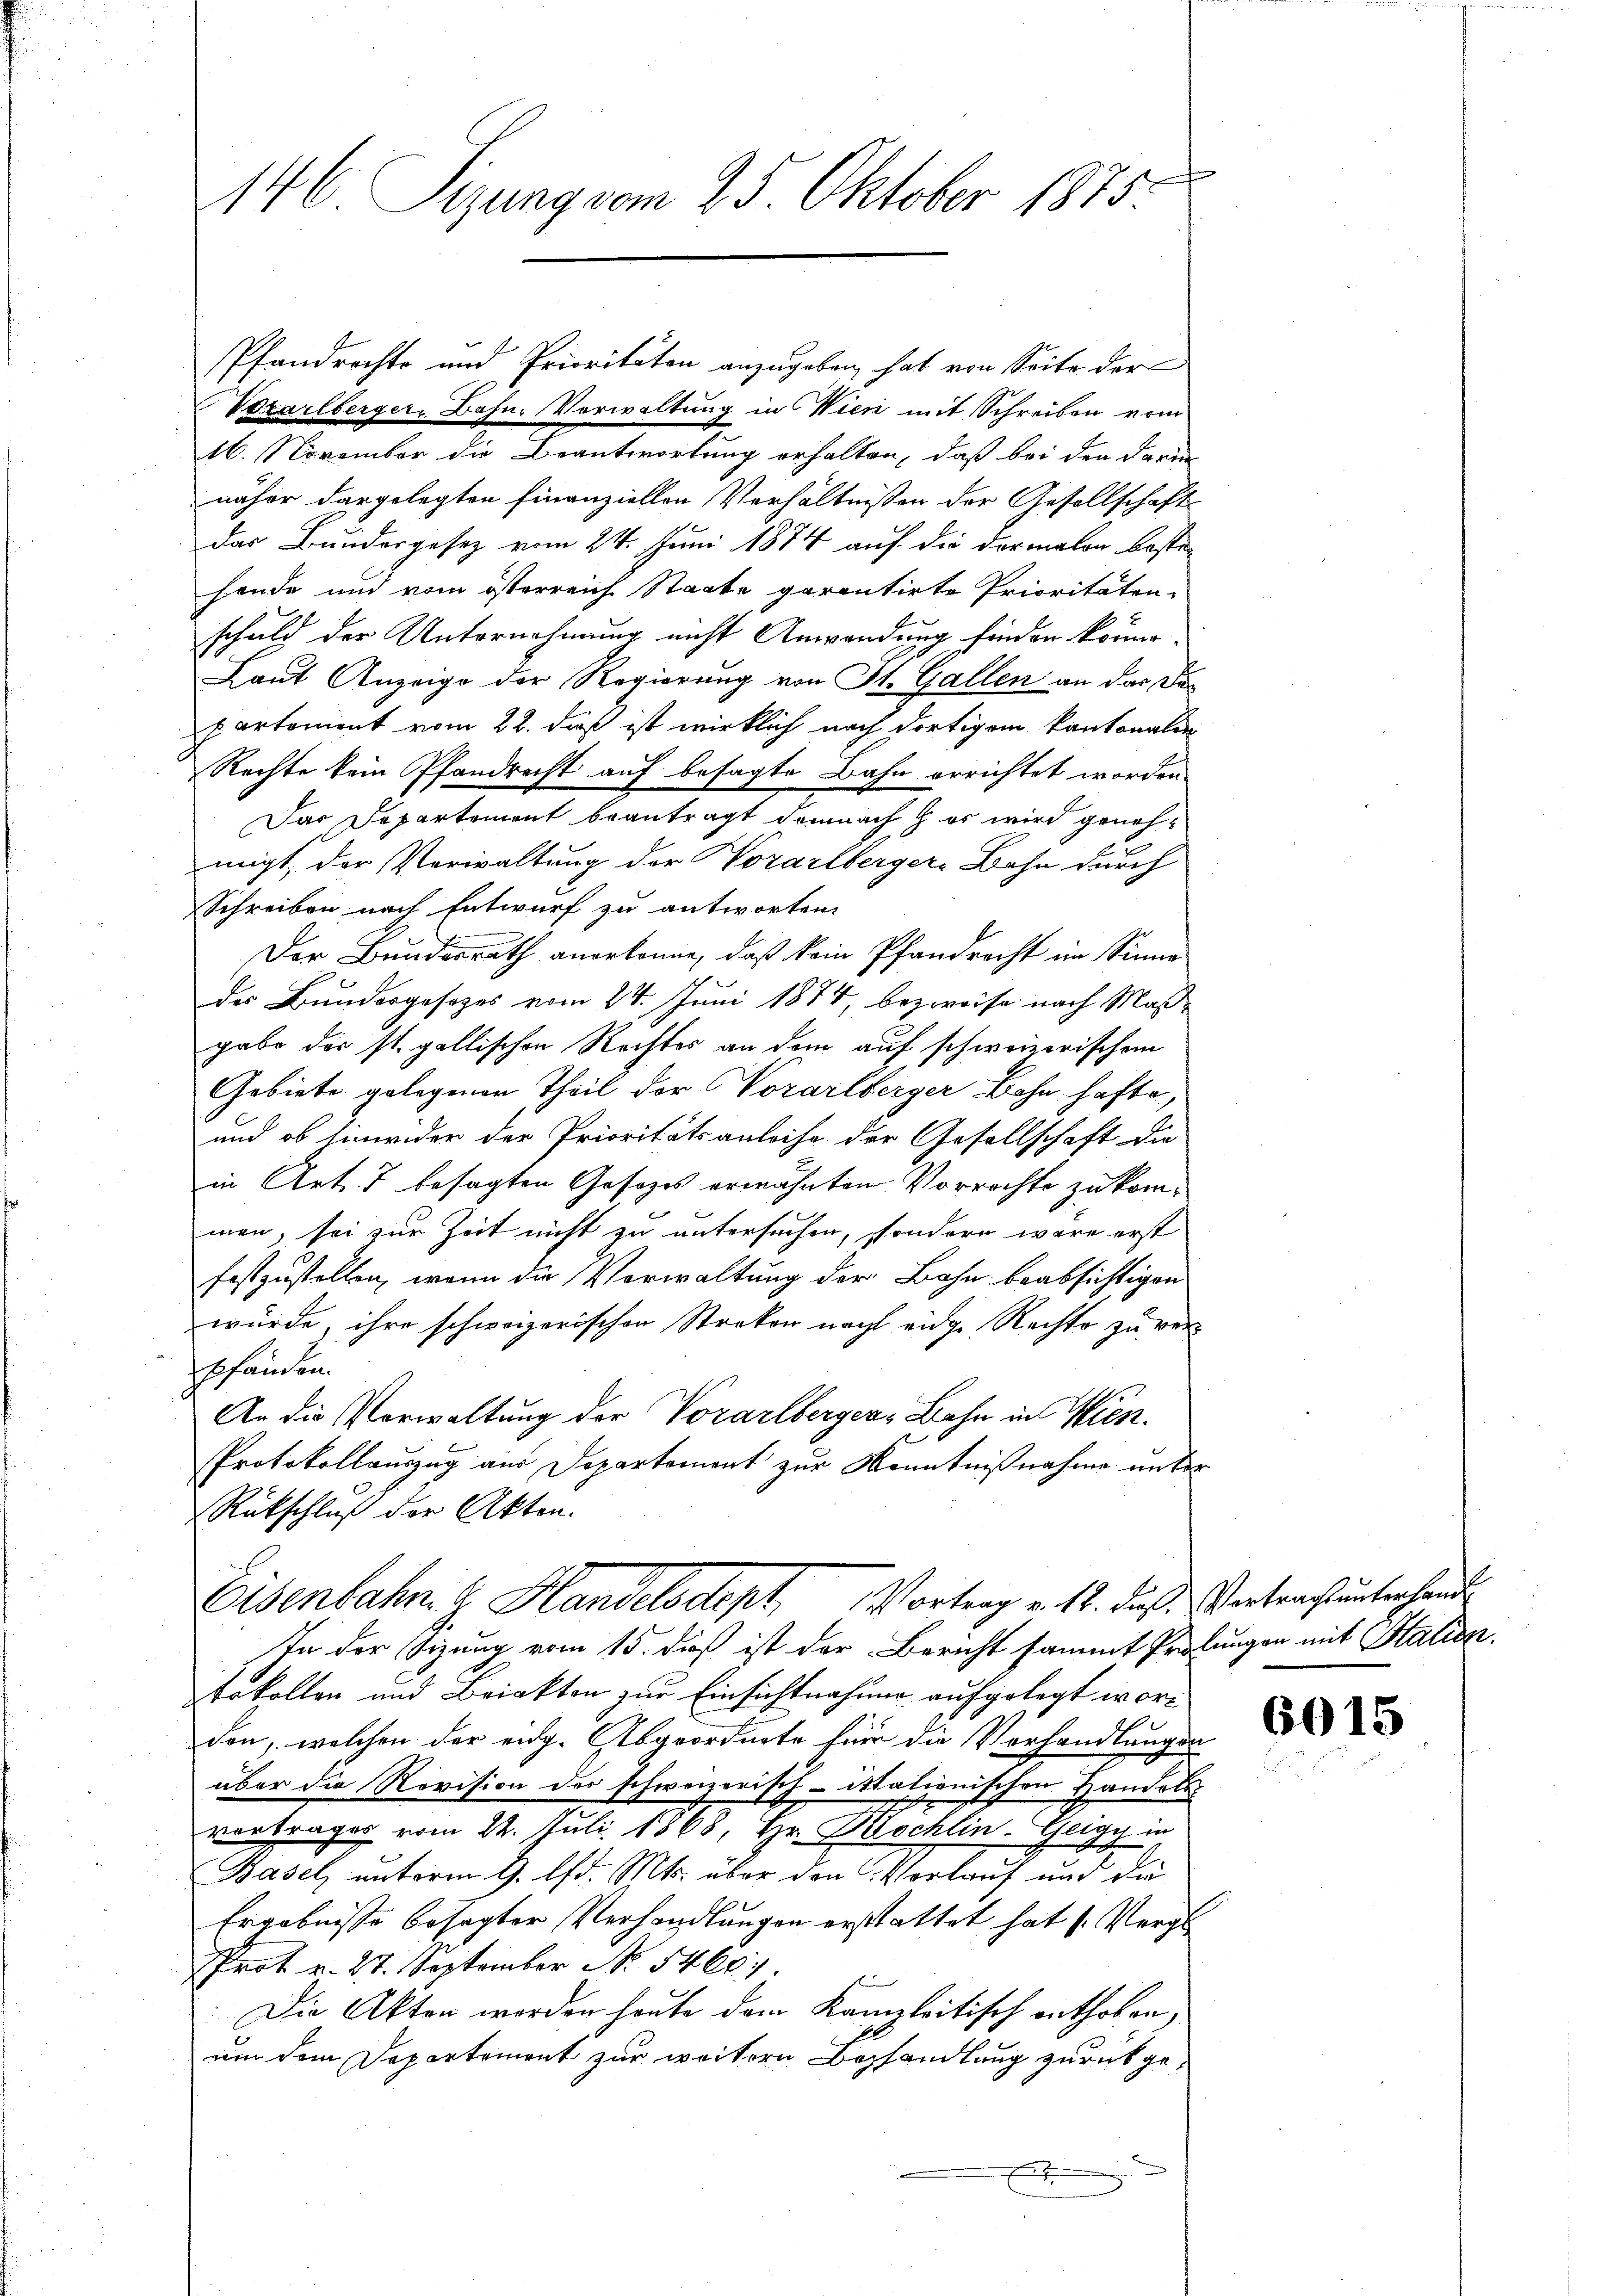
f
146 Sizung vom 25. Oktober 1875.

Pfandrechte und Prioritäten anzugeben, hat von Seite der
16. November die Beantwortung erhalten, daß bei den darin
näher dargelegten finanziellen Verhältnissen der Gesellschaft
das Bundergesetz vom 24. Juni 1874 auf die dermalon bestehande und vom österreich Staate garantirte Prioritäten-
schuld der Unternehmung nicht Anwendung finden könne.
Laut Anzeige der Regierung von St. Gallen an das Departement vom 22. daß ist wirklich nach dortigem Kantonalen
Rechte kein Pfandrecht auf besagte Bahn errichtet worden.
Das Departement beantragt demnach & es wird genehmigt, der Verwaltung der Norarlberger-Bahn durch
Schreiben nach Entwurf zu antworten.
Der Bundesrath anerkenne, daß kein Pfandrecht im Sinne
des Bundesgesezes vom 24. Juni 1874, bezweife nach Maßgabe der st. gallischen Rechtes an dem auf schweizerischem
Gebiete gelegenen Theil der Vorarlberger Bahn hafte,
und ob hinweider der Prioritätsanleihe der Gesellschaft die
in Art. 7 besagten Gesetzes erwähnten Vorrechte zu kommen, sei zur Zeit nicht zu untersuchen, sondern wäre erst
festzustellen, wenn die Vorwaltung der Bahn beabsichtigen
würde, ihre schweizerischen Streken nach eidge Rechte zu verehanden.
An die Verwaltung der Vorarlberger-Bahn in Wien¬
Protokollauszug aus Departement zur Kenntnißnahme unter
Rückschluß der Akten.
Eisenbahn u Handelsdept, Vortrag v. 12. dies Vertrag unterhand¬
In der Sitzung vom 15. dieß ist der Bericht sammt Prolungen mit Statientokollen und Briakten zur Einsichtnahme aufgelegt worden, welchen der eidg. Abgeordnete für die Verhandlungen
über die Revision der schweizerisch-itationischen Handeln
vortrages vom 22. Juli 1868, Hr. Hochlin-Geigy in
Basel unterm 9. d. Mts. über den Vorlauf und die
Ergebnisse besagter Verhandlungen erstattet hat s. Vergl
Prot v. 27. September No. 5460.
Die Akten worden heute dem Kamploitisch enthoben,
um dem Departement zur weitern Bezhandlung zurückge¬

Vorarlberger Bahn- Verwaltung in Wien mit Schreiben vom

6015